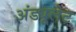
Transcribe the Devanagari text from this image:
अंड्यूलेट